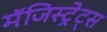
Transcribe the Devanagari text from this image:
मॅजिस्ट्रेट्स